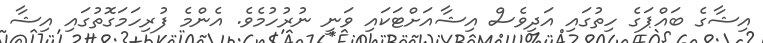
އިޝާގެ ބައްޕަގެ ހިތުގައި އަދިވެސް އިޝާއަށްޓަކައި ވަނީ ނުރުހުމެވެ. އެންމެ ފުރިހަމަގޮތުގައި އިޝާ